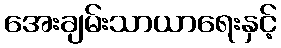
အေးချမ်းသာယာရေးနှင့်